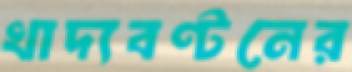
খাদ্যবণ্টনের